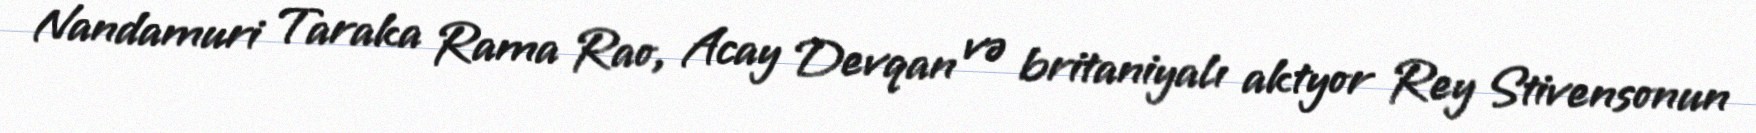
Nandamuri Taraka Rama Rao, Acay Devqan və britaniyalı aktyor Rey Stivensonun